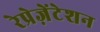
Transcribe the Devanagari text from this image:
रेप्रेज़ेंटेशन